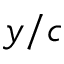
y / c